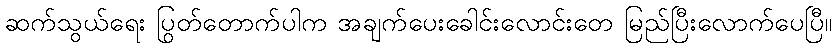
ဆက်သွယ်ရေး ပြတ်တောက်ပါက အချက်ပေးခေါင်းလောင်းတွေ မြည်ပြီးလောက်ပေပြီ။